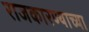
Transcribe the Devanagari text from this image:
राजकारण्याच्या